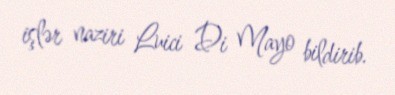
işlər naziri Luici Di Mayo bildirib.